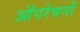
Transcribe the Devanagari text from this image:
आॅपरेषनों